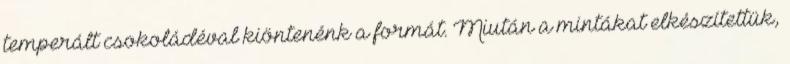
temperált csokoládéval kiöntenénk a formát. Miután a mintákat elkészítettük,